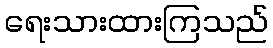
ရေးသားထားကြသည်